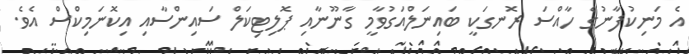
އެ މަނިކުފާނުގެ ހާއްސަ ރޮނގަކީ ބައިނަލްއަގުވާމީ ގާނޫނާއި ޕޮލިޓިކަލް ސައިންސާއި އިކޮނަމިކްސް އެވެ.